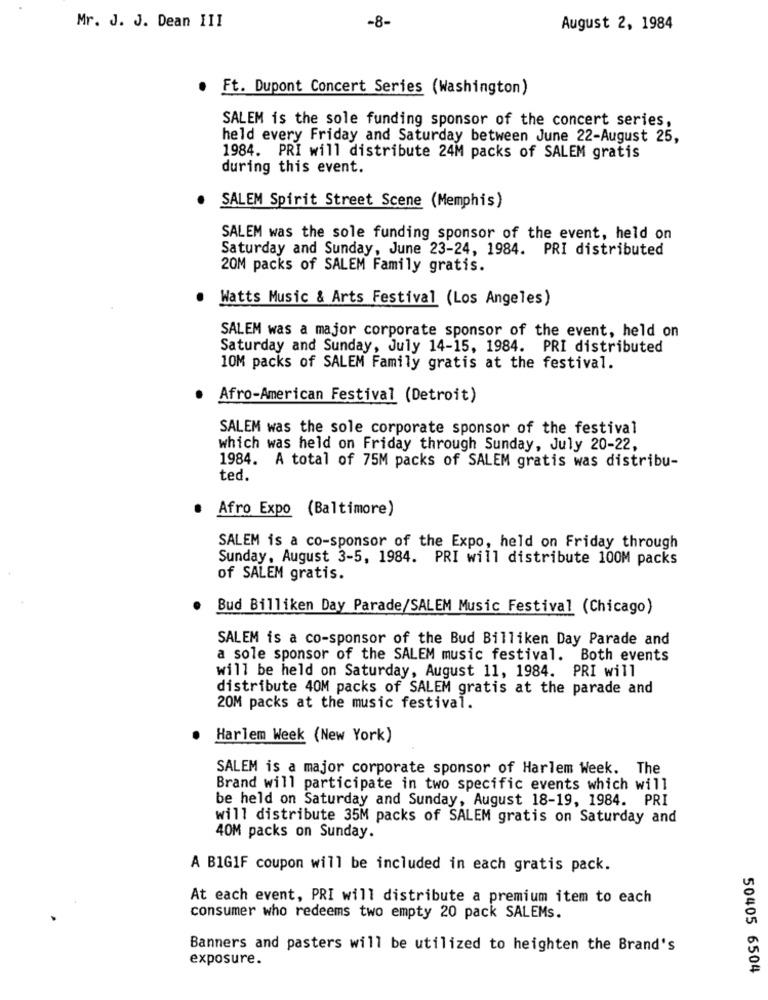
Mr. J. J. Dean III
-8-
August 2, 1984
. Ft. Dupont Concert Series (Washington)
SALEM is the sole funding sponsor of the concert series,
held every Friday and Saturday between June 22-August 25,
1984. PRI will distribute 24M packs of SALEM gratis
during this event.
SALEM Spirit Street Scene (Memphis)
SALEM was the sole funding sponsor of the event, held on
Saturday and Sunday, June 23-24, 1984. PRI distributed
20M packs of SALEM Family gratis.
Watts Music & Arts Festival (Los Angeles)
SALEM was a major corporate sponsor of the event, held on
Saturday and Sunday, July 14-15, 1984. PRI distributed
10M packs of SALEM Family gratis at the festival.
Afro-American Festival (Detroit)
SALEM was the sole corporate sponsor of the festival
which was held on Friday through Sunday, July 20-22,
1984. A total of 75M packs of SALEM gratis was distribu-
ted.
.
Afro Expo (Baltimore)
SALEM is a co-sponsor of the Expo, held on Friday through
Sunday, August 3-5, 1984. PRI will distribute 100M packs
of SALEM gratis.
Bud Billiken Day Parade/SALEM Music Festival (Chicago)
SALEM is a co-sponsor of the Bud Billiken Day Parade and
a sole sponsor of the SALEM music festival. Both events
will be held on Saturday, August 11, 1984. PRI will
distribute 40M packs of SALEM gratis at the parade and
20M packs at the music festival.
Harlem Week (New York)
SALEM is a major corporate sponsor of Harlem Week. The
Brand will participate in two specific events which will
be held on Saturday and Sunday, August 18-19, 1984. PRI
will distribute 35M packs of SALEM gratis on Saturday and
40M packs on Sunday.
A BIG1F coupon will be included in each gratis pack.
At each event, PRI will distribute a premium item to each
consumer who redeems two empty 20 pack SALEMs.
Banners and pasters will be utilized to heighten the Brand's
exposure.
50405 6504